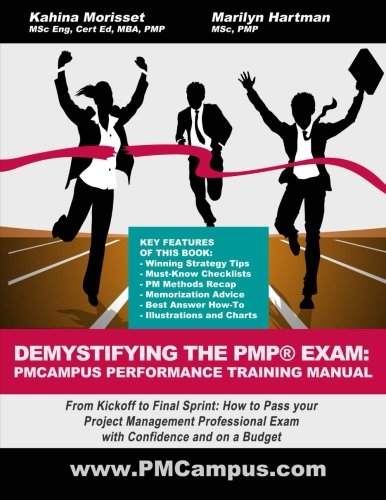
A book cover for Demystifying The PMP Exam: PMCampus Performance Training Manual: From Kickoff to Final Sprint: How to Pass your Project Management Professional Exam with Confidence and on a Budget; Kahina Morisset; Test Preparation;